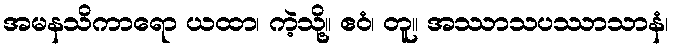
အမနသိကာရော ယထာ၊ ကဲ့သို့။ ဧဝံ၊ တူ။ အဿာသပဿာသာနံ၊